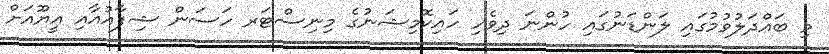
މި ބައްދަލުވުމުގައި ލަންޑަނުގައި ހުންނަ ދިވެހި ހައިކޮމިޝަނުގެ މިނިސްޓަރ ހަސަން ޝިފާއުއާއި އީޔޫއަށް